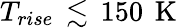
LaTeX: T_{rise}\, \lesssim\, 150\, \mathrm{~K~}